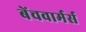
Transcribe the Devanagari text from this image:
बेंचवार्मर्स